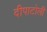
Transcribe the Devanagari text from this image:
दीपाटोली